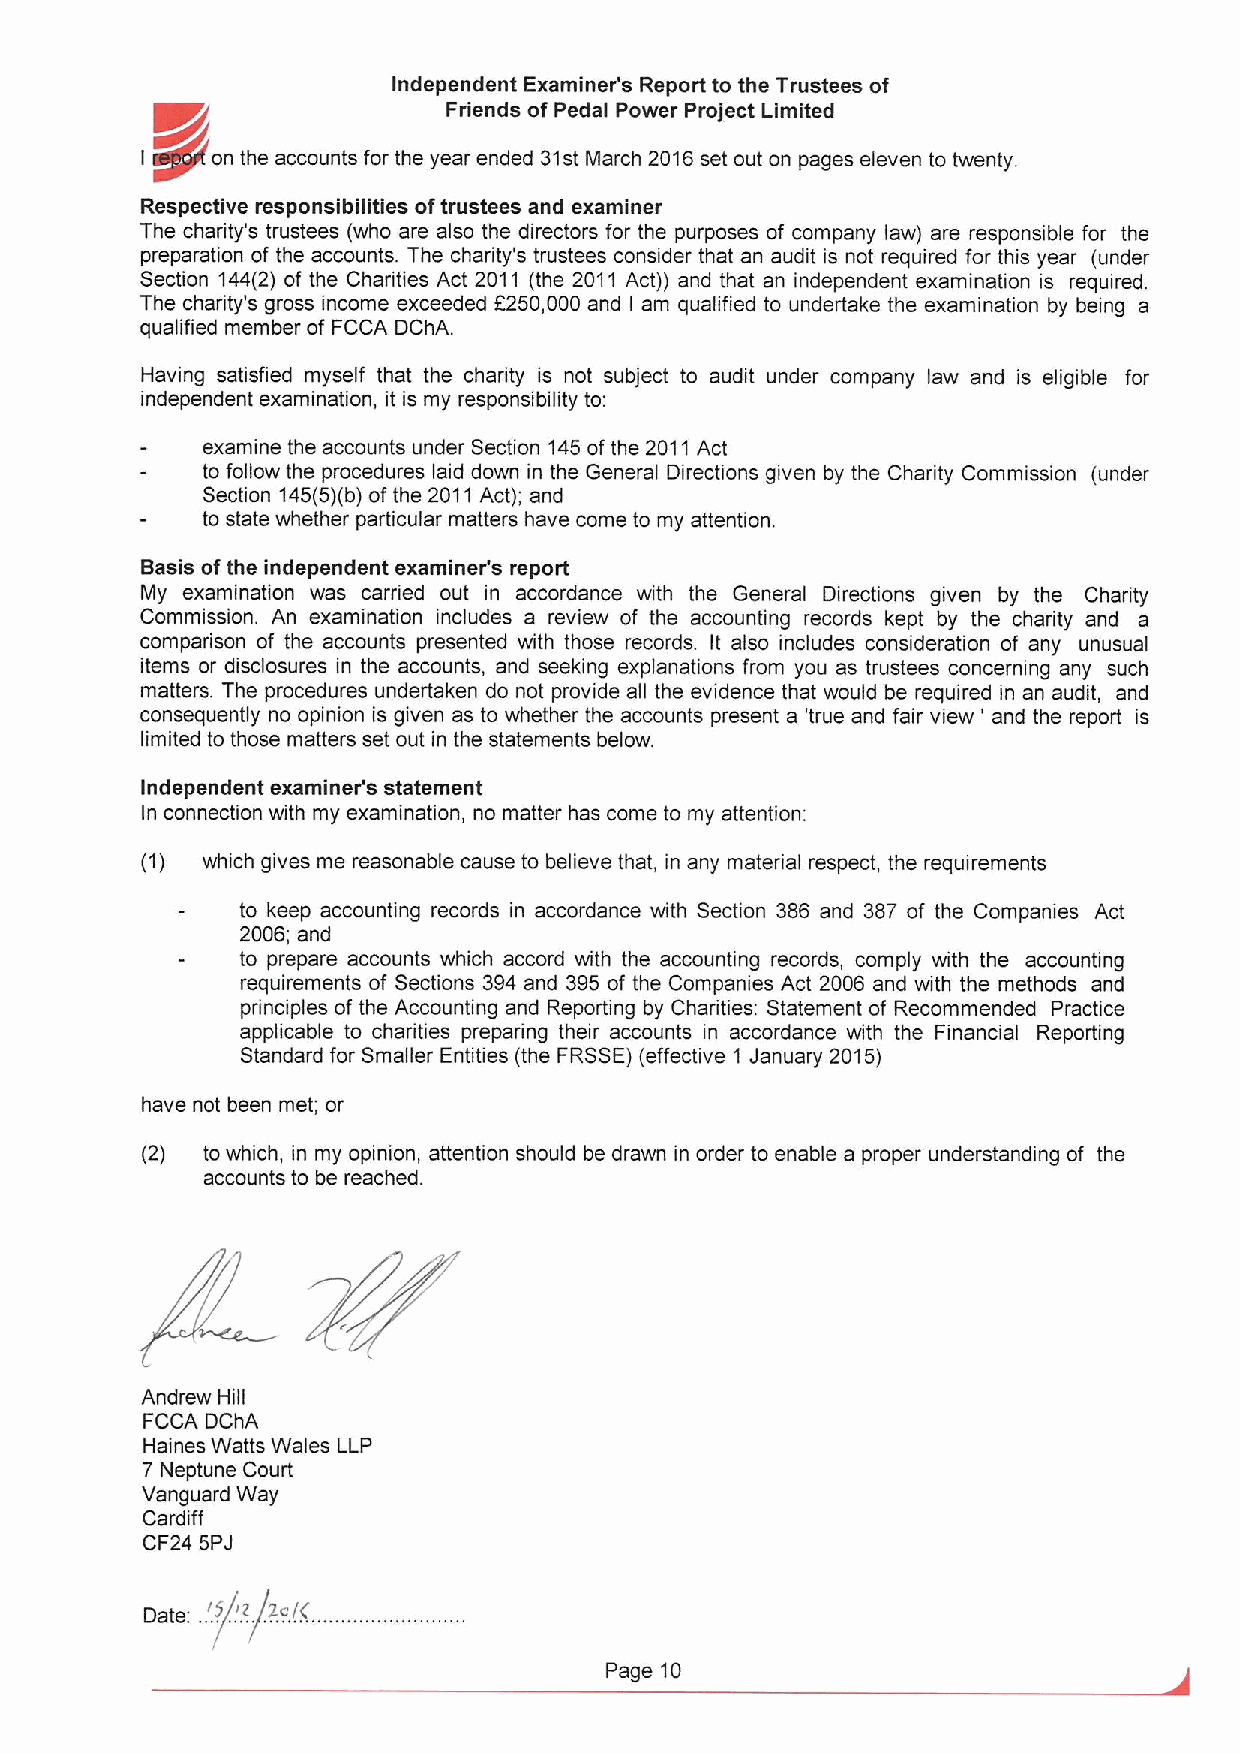
Independent Examiner's Report to the Trustees of
 Friends of Pedal Power Project Limited
 K/~
 I    on the accounts for the year ended 31st March 2016set out on pages eleven to twenty.
 Respective responsibilities oftrustees and examiner
 The charity's trustees (who are also the directors for the purposes of company law) are responsible for the
 preparation of the accounts. The charity's trustees consider that an audit is not required for this year (under
 Section 144(2) of the Charities Act 2011 (the 2011 Act)) and that an independent examination is required.
 The charity's gross income exceeded F250,000 and I am qualified to undertake the examination by being a
 qualified member of FCCA DChA.
 Having satisfied myself that the charity is not subject to audit under company law and is eligible for
 independent examination, it is my responsibility to:
 examine the accounts under Section 145ofthe 2011Act
 to follow the procedures laid down in the General Directions given by the Charity Commission (under
 Section 145(5)(b)ofthe 2011Act); and
 to state whether particular matters have come to my attention.
 Basis ofthe independent examiner's report
 My examination was carried out in accordance with the General Directions given by the Charity
 Commission. An examination includes a review of the accounting records kept by the charity and a
 comparison of the accounts presented with those records. It also includes consideration of any unusual
 items or disclosures in the accounts, and seeking explanations from you as trustees concerning any such
 matters. The procedures undertaken do not provide all the evidence that would be required in an audit, and
 consequently no opinion is given as to whether the accounts present a 'true and fair view ' and the report is
 limited to those matters set out in the statements below.
 Independent examiner's statement
 In connection with my examination, no matter has come to my attention:
 (1) which gives me reasonable cause to believe that, in any material respect, the requirements
 to keep accounting records in accordance with Section 386 and 387 of the Companies Act
 2006; and
 to prepare accounts which accord with the accounting records, comply with the accounting
 requirements of Sections 394and 395 of the Companies Act 2006 and with the methods and
 principles ofthe Accounting and Reporting by Charities: Statement of Recommended Practice
 applicable to chadties prepadng their accounts in accordance with the Financial Reporting
 Standard for Smaller Entities (the FRSSE)(effective 1 January 2015)
 have not been met; or
 (2) to which, in my opinion, attention should be drawn in order to enable a proper understanding of the
 accounts to be reached.
 Andrew Hill
 FCCA DchA
 Haines Watts Wales LLP
 7 Neptune Court
 Vanguard Way
 Cardiff
 CF24 5PJ
 'f ' 2c/(
 Date
 Page 10